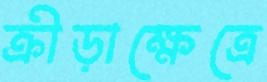
ক্রীড়াক্ষেত্রে